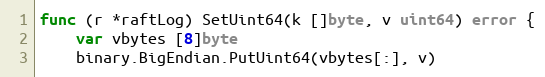
Language: Go
func (r *raftLog) SetUint64(k []byte, v uint64) error {
	var vbytes [8]byte
	binary.BigEndian.PutUint64(vbytes[:], v)